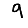
Digit: 9